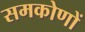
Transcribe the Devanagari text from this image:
समकोणों